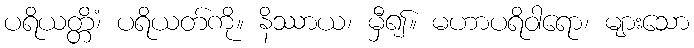
ပရိယတ္တိံ၊ ပရိယတ်ကို။ နိဿာယ၊ မှီ၍။ မဟာပရိဝါရော၊ များသော